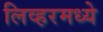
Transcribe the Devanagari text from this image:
लिव्हरमध्ये